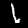
Label: 1